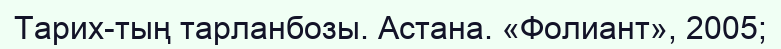
Тарих-тың тарланбозы. Астана. «Фолиант», 2005;